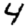
Digit: 4